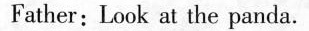
Father: Look at the panda.